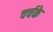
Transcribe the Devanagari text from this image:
चर्चके